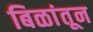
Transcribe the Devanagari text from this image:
बिळांतून